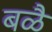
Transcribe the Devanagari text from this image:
बळै